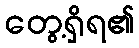
တွေ့ရှိရ၏